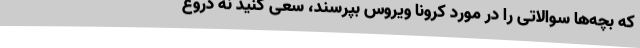
که بچه‌ها سوالاتی را در مورد کرونا ویروس بپرسند، سعی کنید نه دروغ